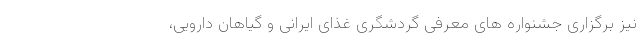
نیز برگزاری جشنواره های معرفی گردشگری غذای ایرانی و گیاهان دارویی،